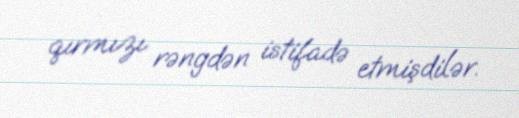
qırmızı rəngdən istifadə etmişdilər.